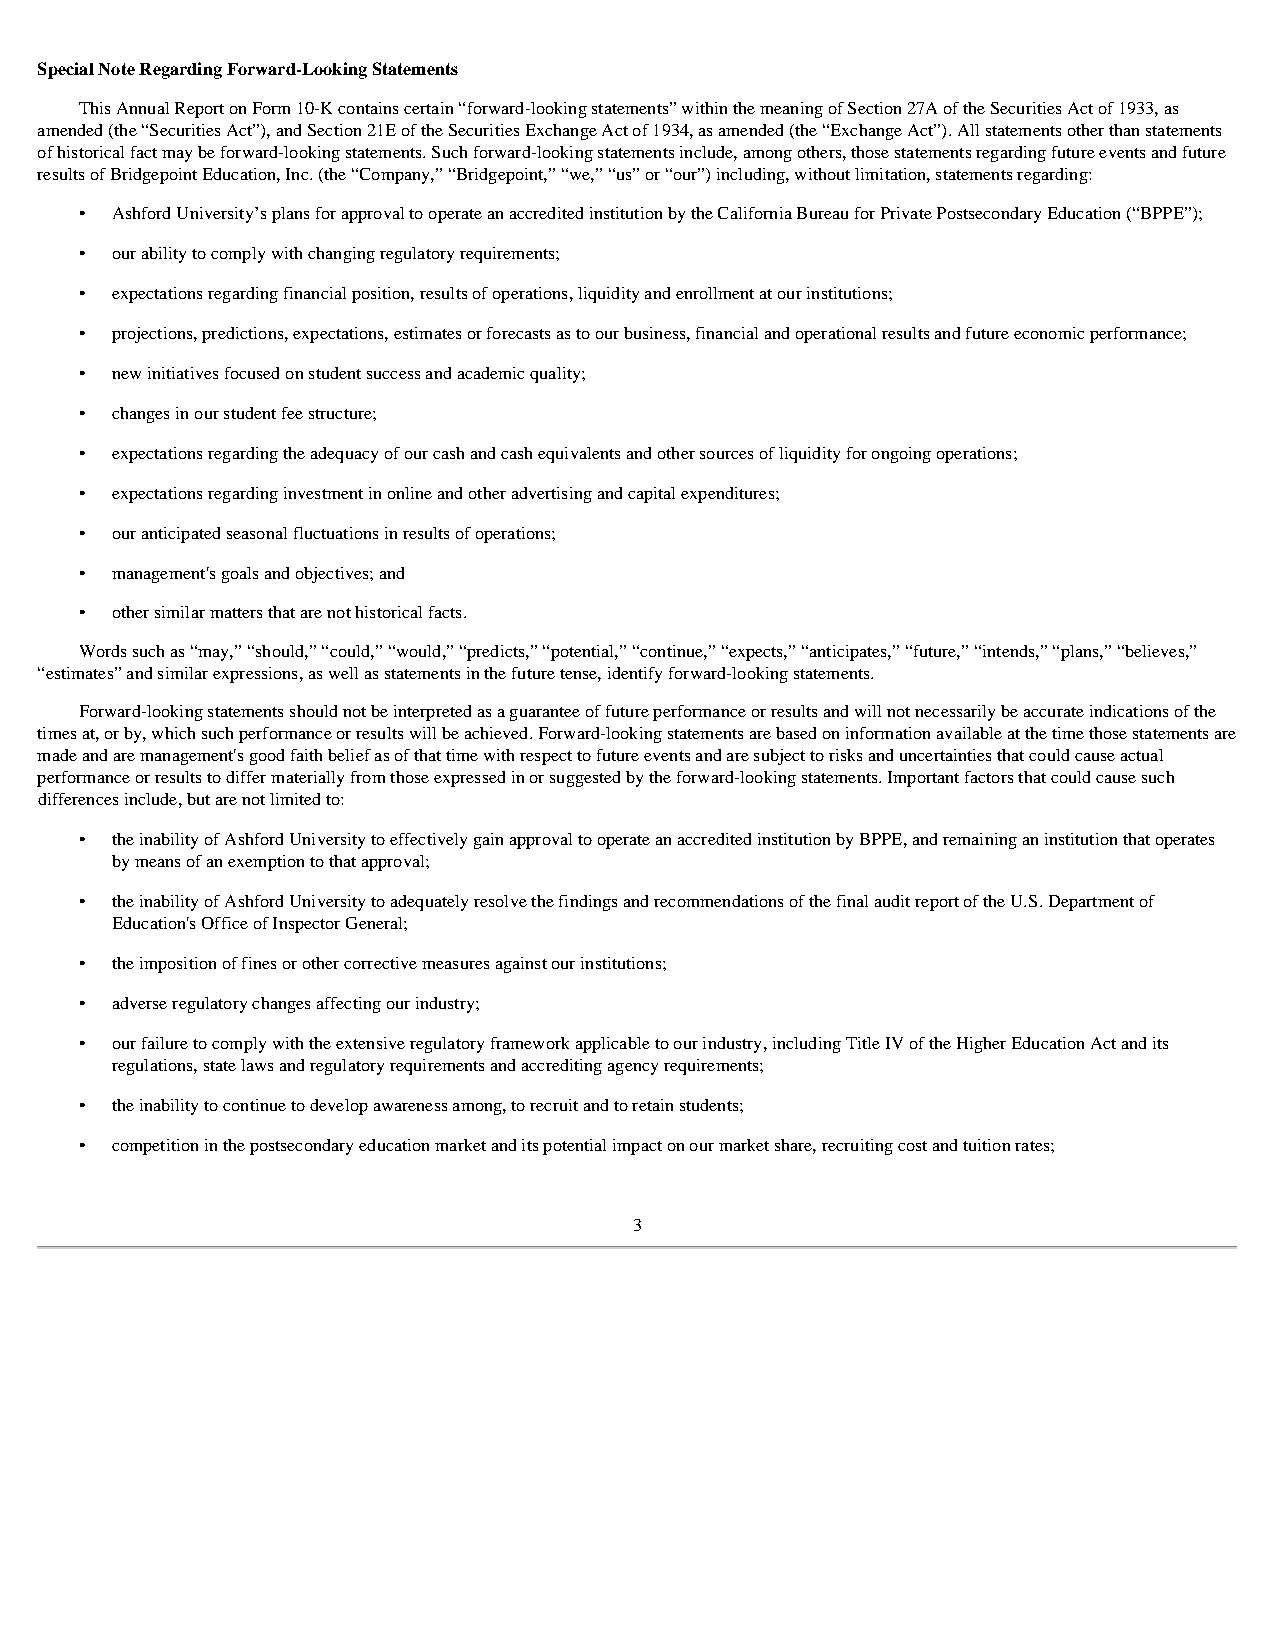
Special Note Regarding Forward-Looking Statements
 This Annual Report on Form 10-K contains certain “forward-looking statements” within the meaning of Section 27A of the Securities Act of 1933, as
 amended (the “Securities Act”), and Section 21E of the Securities Exchange Act of 1934, as amended (the “Exchange Act”). All statements other than statements
 of historical fact may be forward-looking statements. Such forward-looking statements include, among others, those statements regarding future events and future
 results of Bridgepoint Education, Inc. (the “Company,” “Bridgepoint,” “we,” “us” or “our”) including, without limitation, statements regarding:
 • Ashford University’s plans for approval to operate an accredited institution by the California Bureau for Private Postsecondary Education (“BPPE”);
 • our ability to comply with changing regulatory requirements;
 • expectations regarding financial position, results of operations, liquidity and enrollment at our institutions;
 • projections, predictions, expectations, estimates or forecasts as to our business, financial and operational results and future economic performance;
 • new initiatives focused on student success and academic quality;
 • changes in our student fee structure;
 • expectations regarding the adequacy of our cash and cash equivalents and other sources of liquidity for ongoing operations;
 • expectations regarding investment in online and other advertising and capital expenditures;
 • our anticipated seasonal fluctuations in results of operations;
 • management's goals and objectives; and
 • other similar matters that are not historical facts.
 Words such as “may,” “should,” “could,” “would,” “predicts,” “potential,” “continue,” “expects,” “anticipates,” “future,” “intends,” “plans,” “believes,”
 “estimates” and similar expressions, as well as statements in the future tense, identify forward-looking statements.
 Forward-looking statements should not be interpreted as a guarantee of future performance or results and will not necessarily be accurate indications of the
 times at, or by, which such performance or results will be achieved. Forward-looking statements are based on information available at the time those statements are
 made and are management's good faith belief as of that time with respect to future events and are subject to risks and uncertainties that could cause actual
 performance or results to differ materially from those expressed in or suggested by the forward-looking statements. Important factors that could cause such
 differences include, but are not limited to:
 • the inability of Ashford University to effectively gain approval to operate an accredited institution by BPPE, and remaining an institution that operates
 by means of an exemption to that approval;
 • the inability of Ashford University to adequately resolve the findings and recommendations of the final audit report of the U.S. Department of
 Education's Office of Inspector General;
 • the imposition of fines or other corrective measures against our institutions;
 • adverse regulatory changes affecting our industry;
 • our failure to comply with the extensive regulatory framework applicable to our industry, including Title IV of the Higher Education Act and its
 regulations, state laws and regulatory requirements and accrediting agency requirements;
 • the inability to continue to develop awareness among, to recruit and to retain students;
 • competition in the postsecondary education market and its potential impact on our market share, recruiting cost and tuition rates;
 3